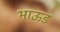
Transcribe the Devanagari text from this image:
भाऊड